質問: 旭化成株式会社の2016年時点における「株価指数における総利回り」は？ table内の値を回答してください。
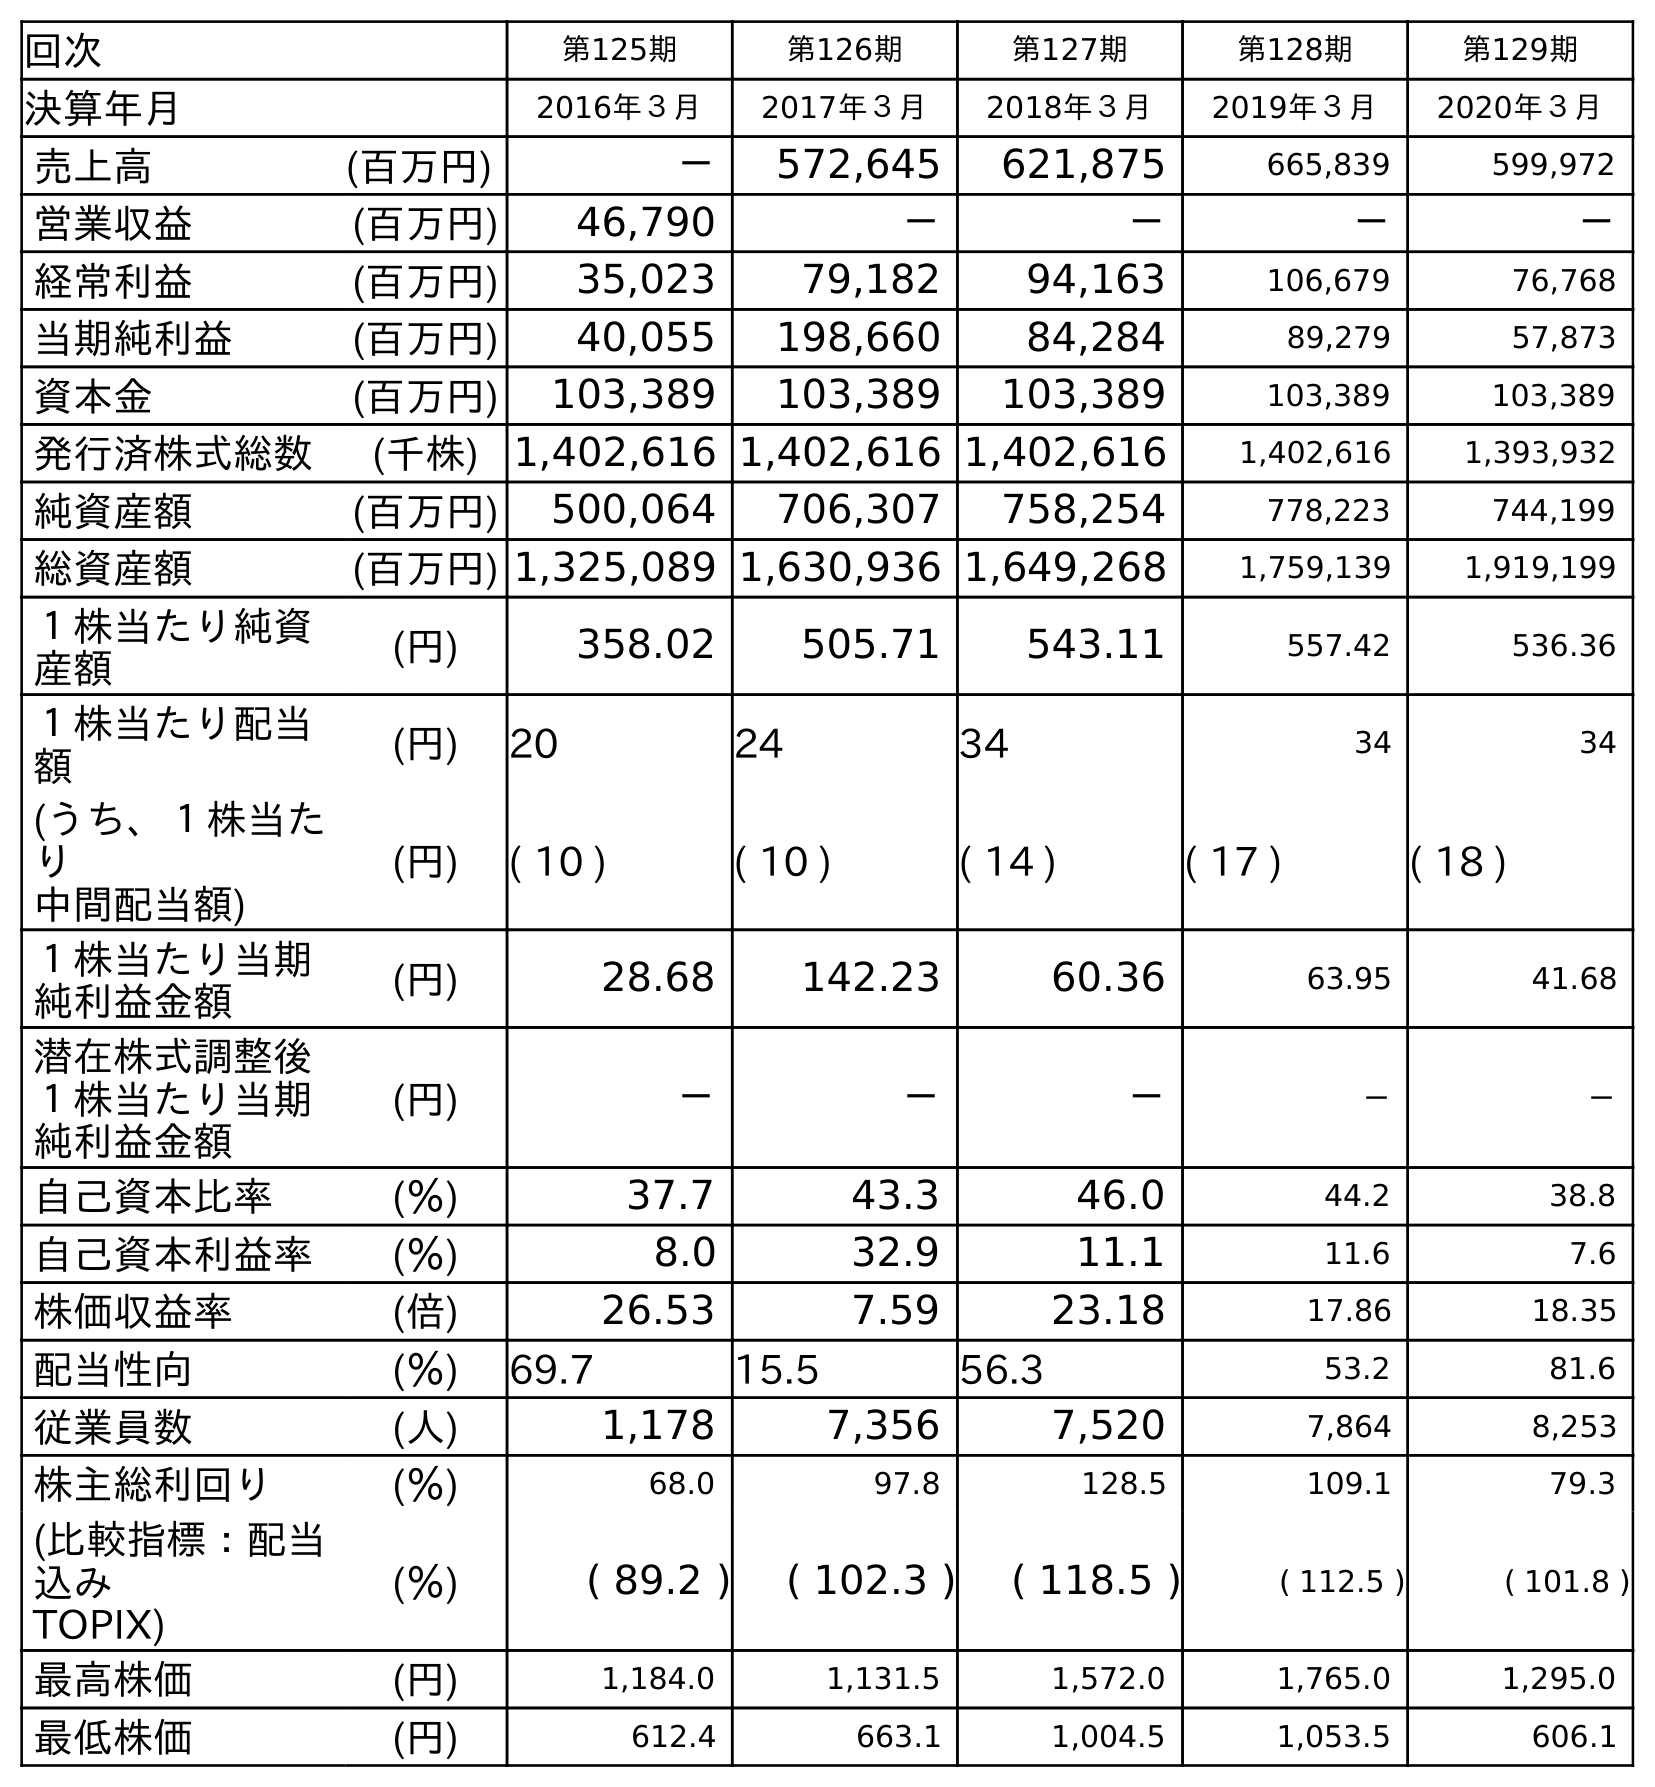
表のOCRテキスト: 回次 第125期 第126期 第127期 第128期 第129期 決算年月 2016年３月 2017年３月 2018年３月 2019年３月 2020年３月 売上高 (百万円) － 572,645 621,875 665,839 599,972 営業収益 (百万円) 46,790 － － － － 経常利益 (百万円) 35,023 79,182 94,163 106,679 76,768 当期純利益 (百万円) 40,055 198,660 84,284 89,279 57,873 資本金 (百万円) 103,389 103,389 103,389 103,389 103,389 発行済株式総数 (千株) 1,402,616 1,402,616 1,402,616 1,402,616 1,393,932 純資産額 (百万円) 500,064 706,307 758,254 778,223 744,199 総資産額 (百万円) 1,325,089 1,630,936 1,649,268 1,759,139 1,919,199 １株当たり純資 産額 (円) 358.02 505.71 543.11 557.42 536.36 １株当たり配当 額 (円) 20 24 34 34 34 (うち、１株当た り 中間配当額) (円) ( 10 ) ( 10 ) ( 14 ) ( 17 ) ( 18 ) １株当たり当期 純利益金額 (円) 28.68 142.23 60.36 63.95 41.68 潜在株式調整後 １株当たり当期 純利益金額 (円) － － － － － 自己資本比率 (％) 37.7 43.3 46.0 44.2 38.8 自己資本利益率 (％) 8.0 32.9 11.1 11.6 7.6 株価収益率 (倍) 26.53 7.59 23.18 17.86 18.35 配当性向 (％) 69.7 15.5 56.3 53.2 81.6 従業員数 (人) 1,178 7,356 7,520 7,864 8,253 株主総利回り (％) 68.0 97.8 128.5 109.1 79.3 (比較指標：配当 込み TOPIX) (％) ( 89.2 ) ( 102.3 ) ( 118.5 ) ( 112.5 ) ( 101.8 ) 最高株価 (円) 1,184.0 1,131.5 1,572.0 1,765.0 1,295.0 最低株価 (円) 612.4 663.1 1,004.5 1,053.5 606.1
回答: (89.2)